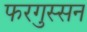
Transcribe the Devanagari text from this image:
फरगुस्सन